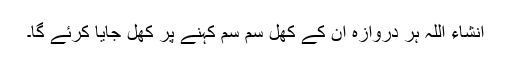
انشاء اللہ ہر دروازہ ان کے کھل سم سم کہنے پر کھل جایا کرئے گا۔